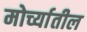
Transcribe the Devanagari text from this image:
मोर्च्यातील